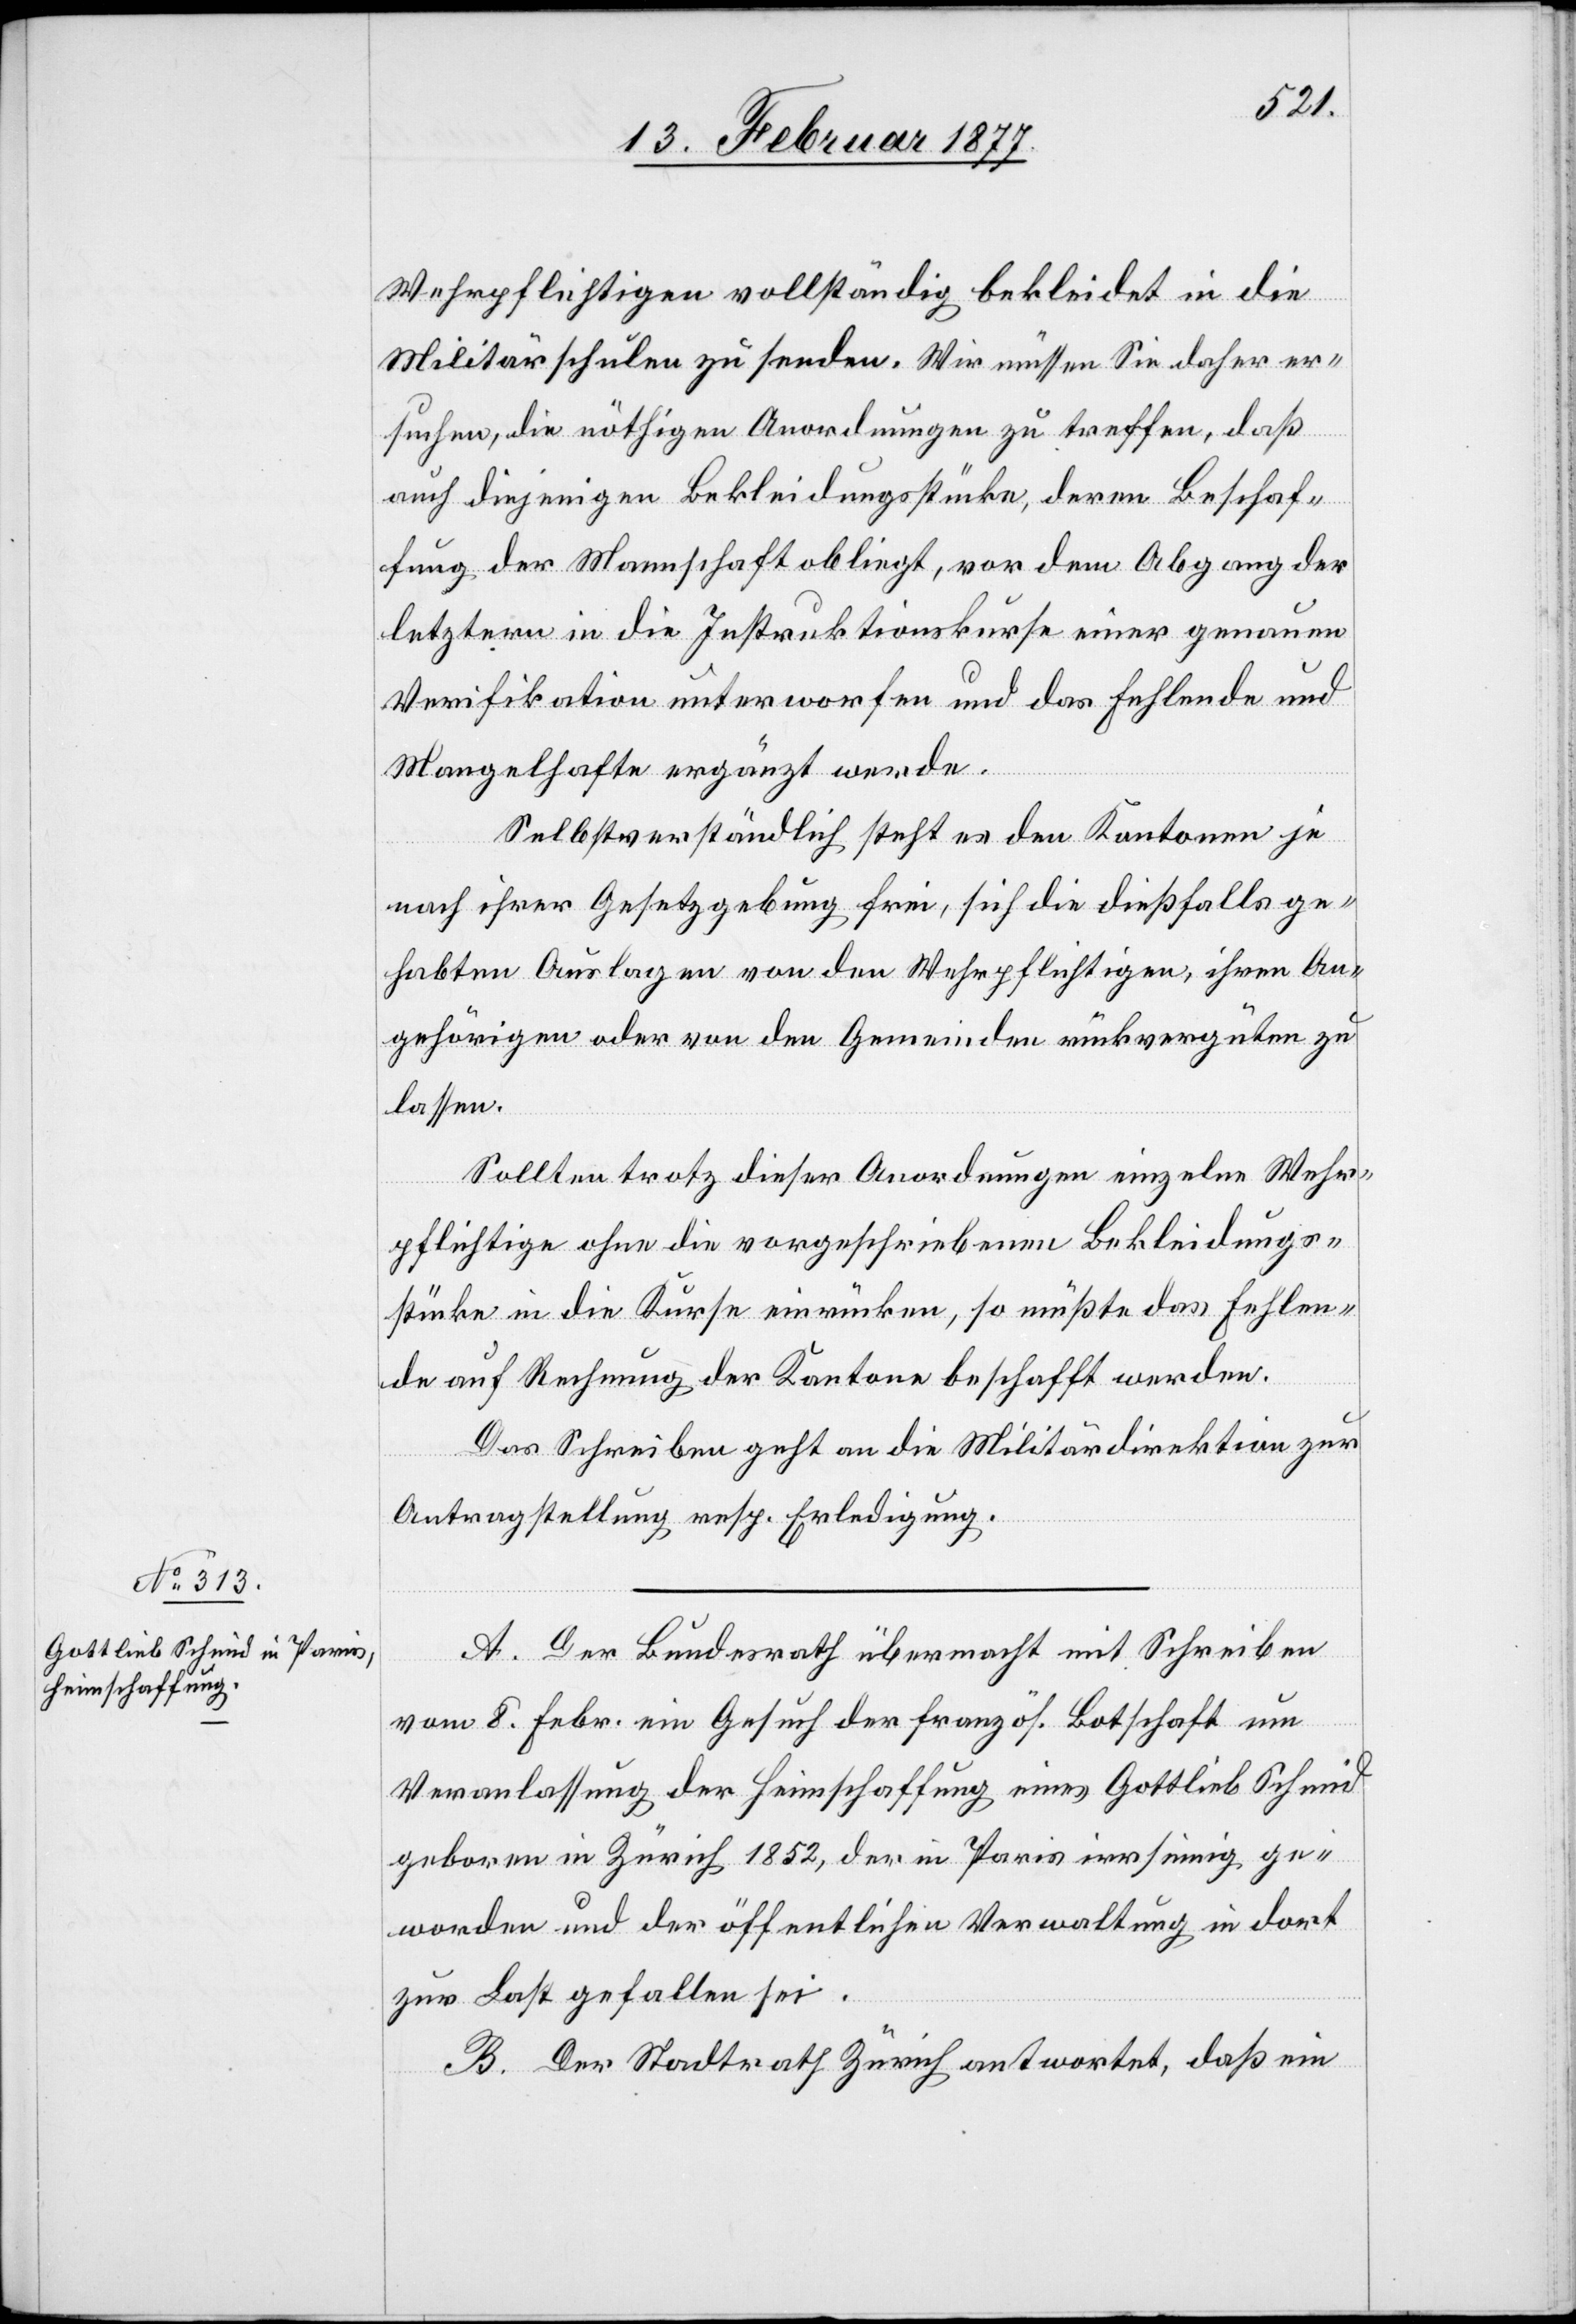
Wehrpflichtigen vollständig bekleidet in die
Militärschule zu senden. Wir müssen Sie daher er¬
suchen, die nöthigen Anordnungen zu treffen, daß
auch diejenigen Bekleidungsstücke, deren Beschaf¬
fung der Mannschaft obliegt, vor dem Abgang der
letztern in die Instruktionskurse einer genauen
Verifikation unterworfen und das Fehlende und
Mangelhafte ergänzt werde.
Selbstverständlich steht es den Kantonen je
nach ihrer Gesetzgebung frei, sich die dießfalls ge¬
habten Auslagen von den Wehrpflichtigen, ihren An¬
gehörigen oder von den Gemeinden rückvergüten zu
lassen.
Sollten trotz dieser Anordnung einzelne Wehr¬
pflichtige ohne die vorgeschriebenen Bekleidungs¬
stücke in die Kurse einrücken, so müßte das Fehlen¬
de auf Rechnung der Kantone beschafft werden.
Das Schreiben geht an die Militärdirektion zur
Antragstellung resp. Erledigung.
A. Der Bundesrath übermacht mit Schreiben
vom 8. Febr. ein Gesuch der französ. Botschaft um
Veranlassung der Heimschaffung eines Gottlieb Schmid
geboren in Zürich 1852, der in Paris irrsinnig ge¬
worden und der öffentlichen Verwaltung in dort
zur Last gefallen sei.
B. Der Stadtrath Zürich antwortet, daß ein